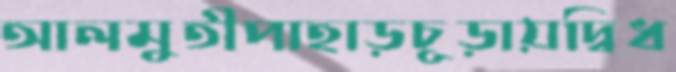
আলমুতীপাহাড়চূড়ায়দ্বিধ